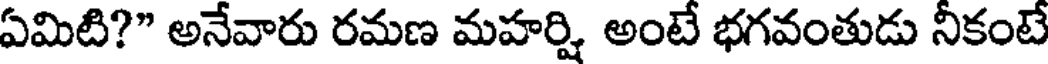
ఏమిటి?" అనేవారు రమణ మహర్షి అంటే భగవంతుడు నీకంటే